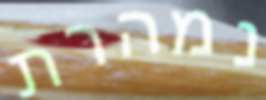
נמהרת